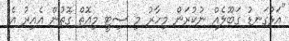
"އަޅުގަނޑު ގަބޫލެއް ނުކުރަން މިހާރު މި ސިޓީ މިއޮތް ގޮތުން އެއިރު އެ